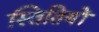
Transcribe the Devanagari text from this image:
स्तितियों